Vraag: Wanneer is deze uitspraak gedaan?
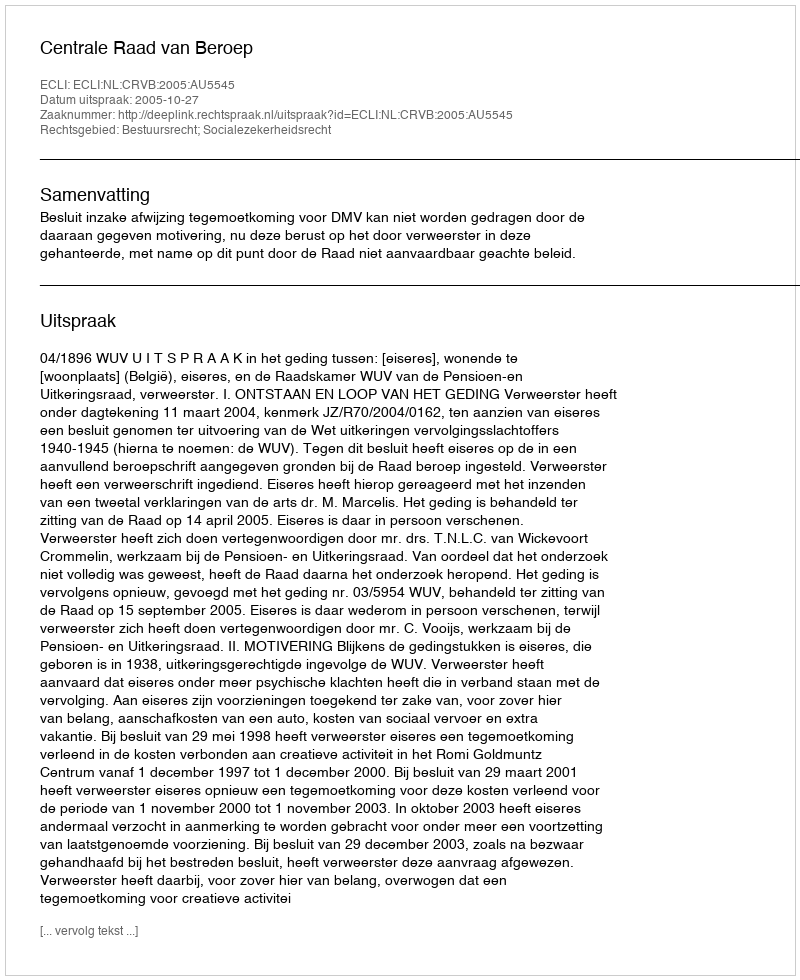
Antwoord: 2005-10-27